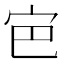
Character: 𭓡